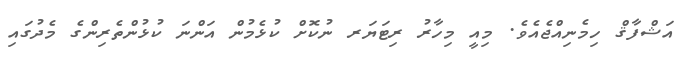
އަޝްފާޤް ހިމެނިއްޖެއެވެ. މިއީ މިހާރު ރިޓަޔަރ ނުކޮށް ކުޅެމުން އަންނަ ކުޅުންތެރިންގެ މެދުގައި